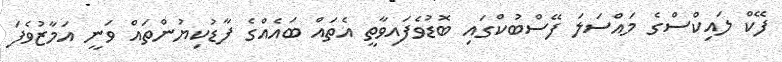
ފޭކް ލައިކްސްގެ މައްސަލަ ފޭސްބުކްގައި ބޮޑުވެފައިވާތީ އެތައް ބައެއްގެ ފާޑުކިޔުންތައް ވަނީ އަމާޒުވެފަ